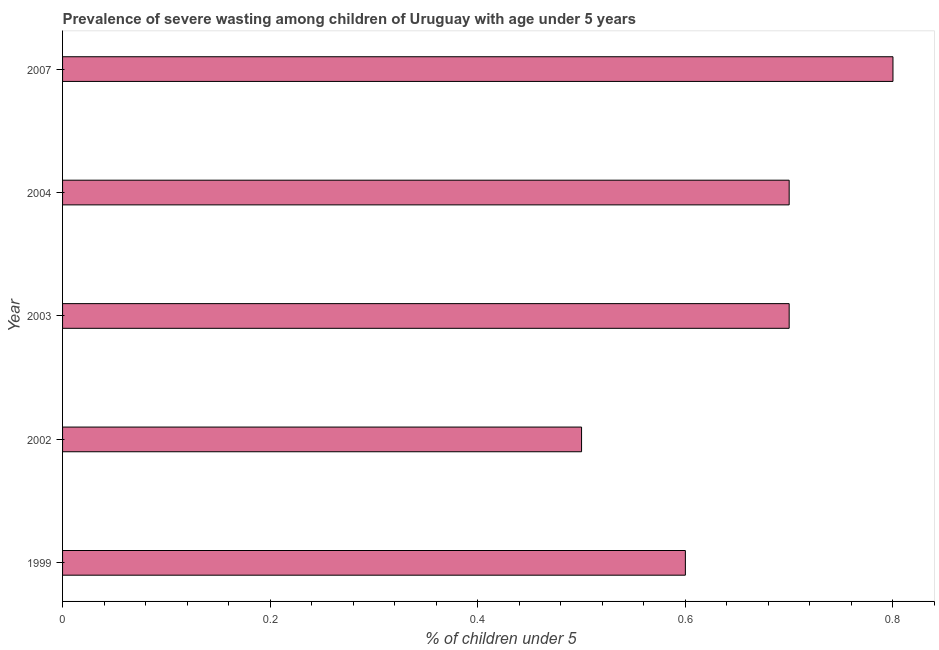
| Year | Prevalence of severe wasting |
 | --- | --- |
 | 1999 | 0.6 |
 | 2002 | 0.5 |
 | 2003 | 0.7 |
 | 2004 | 0.7 |
 | 2007 | 0.8 |